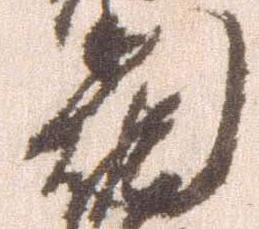
門